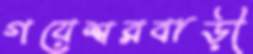
গয়েশ্বরবাড়ী